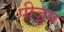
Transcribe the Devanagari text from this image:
पीजूष